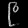
Digit: ၉